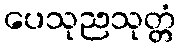
ပေသုညသုတ္တံ